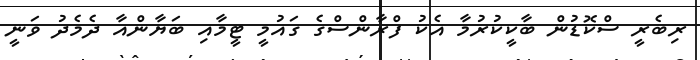
ރިބެރީ ސްކޮޑުން ބާކީކުރުމާ އެކު ފްރާންސްގެ ގައުމީ ޓީމާއި ބަޔާންއާ ދެމެދު ވަނީ